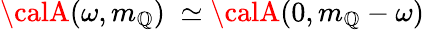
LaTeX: {\calA}(\omega,m_{\mathbb{Q}})\; \simeq{\calA}(0,m_{\mathbb{Q}}-\omega)